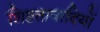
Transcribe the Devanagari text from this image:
शिष्टतावादियों